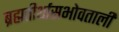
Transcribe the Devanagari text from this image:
ब्रह्मतीर्थासभोवताली